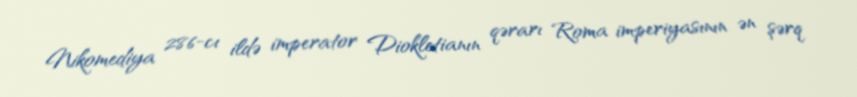
Nikomediya 286-cı ildə imperator Diokletianın qərarı Roma imperiyasının ən şərq